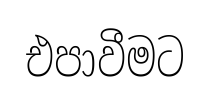
එපාවීමට